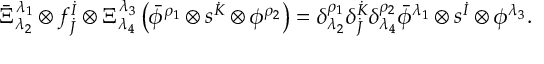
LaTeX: \bar { \Xi } _ { \lambda _ { 2 } } ^ { \lambda _ { 1 } } \otimes f _ { \dot { J } } ^ { \dot { I } } \otimes \Xi _ { \lambda _ { 4 } } ^ { \lambda _ { 3 } } \left( \bar { \phi } ^ { \rho _ { 1 } } \otimes s ^ { \dot { K } } \otimes \phi ^ { \rho _ { 2 } } \right) = \delta _ { \lambda _ { 2 } } ^ { \rho _ { 1 } } \delta _ { \dot { J } } ^ { \dot { K } } \delta _ { \lambda _ { 4 } } ^ { \rho _ { 2 } } \bar { \phi } ^ { \lambda _ { 1 } } \otimes s ^ { \dot { I } } \otimes \phi ^ { \lambda _ { 3 } } .